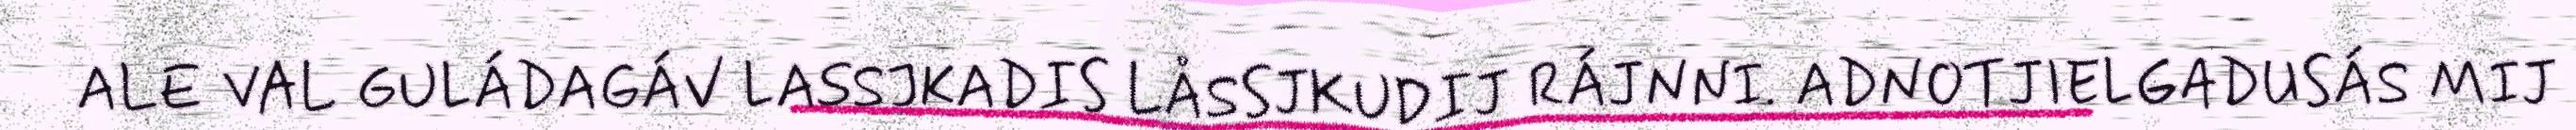
ALE VAL GULÁDAGÁV LASSJKADIS LÅSSJKUDIJ RÁJNNI. ADNOTJIELGADUSÁS MIJ